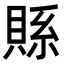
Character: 𮚇